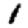
Digit: 1